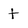
Character: t